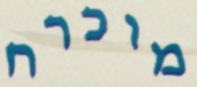
מוכרח